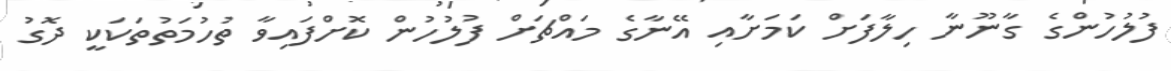
ފުލުހުންގެ ގާނޫނާ ހިލާފަށް ކަމަށާއި އޭނާގެ މައްޗަށް ފުލުހުން ކޮށްފައިވާ ތުހުމަތުތަކަކީ ދޮގު